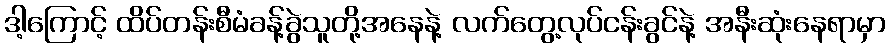
ဒါ့ကြောင့် ထိပ်တန်းစီမံခန့်ခွဲသူတို့အနေနဲ့ လက်တွေ့လုပ်ငန်းခွင်နဲ့ အနီးဆုံးနေရာမှာ